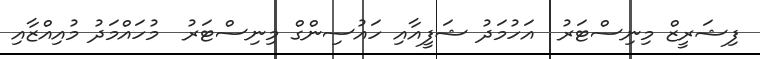
ފިޝަރީޒް މިނިސްޓަރު  އަހުމަދު ޝަފީއާއި ހައުސިންގް މިނިސްޓަރު  މުހައްމަދު މުއިއްޒާއި